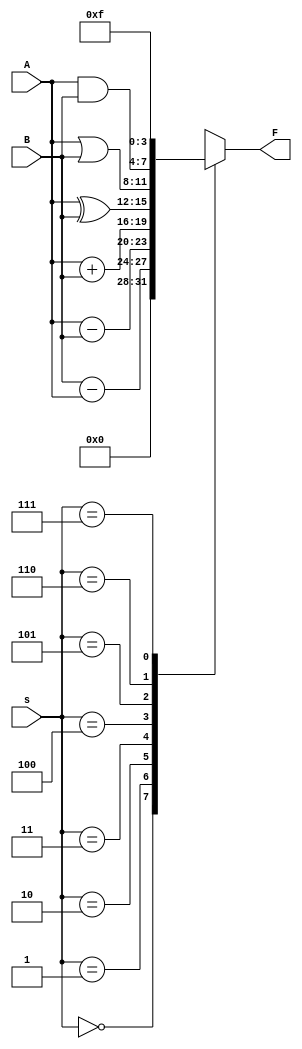
/* pg 330 - 74381 ALU */
module bm_DL_74381_ALU(s, A, B, F);
	input [2:0] s;
	input [3:0] A, B;
	output [3:0] F;
	reg [3:0] F;
	
	always @(s or A or B)
		case (s)
			3'b000: F = 4'b0000; 
	   		3'b001: F = B - A;
			3'b010: F = A - B;
			3'b011: F = A + B;
			3'b100: F = A ^ B;
			3'b101: F = A | B;
			3'b110: F = A & B;
			3'b111: F = 4'b1111;
		endcase
		
endmodule